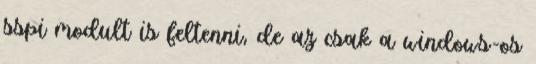
sspi modult is feltenni, de az csak a windows-os